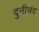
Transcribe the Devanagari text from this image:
दुनीचंद